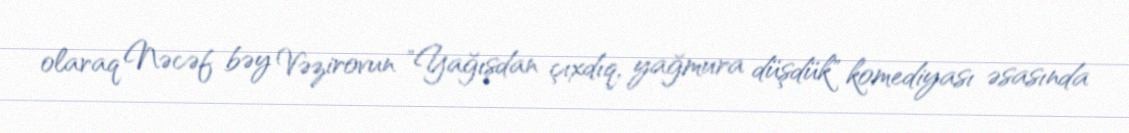
olaraq Nəcəf bəy Vəzirovun "Yağışdan çıxdıq, yağmura düşdük" komediyası əsasında